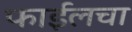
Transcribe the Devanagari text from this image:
फाईलचा